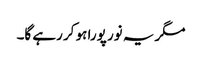
مگر یہ نور پورا ہو کر رہے گا۔